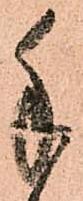
手